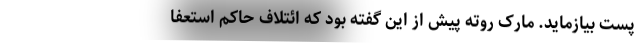
پست بیازماید. مارک روته پیش از این گفته بود که ائتلاف حاکم استعفا